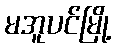
မအူပင်မြို့